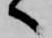
へ